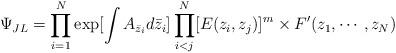
LaTeX: \begin{align*}\Psi_{JL}=\prod_{i=1}^{N} \exp [\int A_{\bar z_i} d \bar z_i]\prod^N_{i<j}[E(z_i,z_j)]^m\times F^{\prime}(z_1, \cdots, z_N)\end{align*}